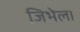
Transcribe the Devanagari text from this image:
जिभेला